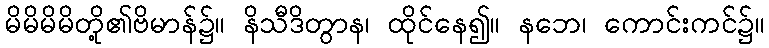
မိမိမိမိတို့၏ဗိမာန်၌။ နိသီဒိတွာန၊ ထိုင်နေ၍။ နဘေ၊ ကောင်းကင်၌။